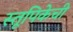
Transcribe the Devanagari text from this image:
स्तूपिकेची